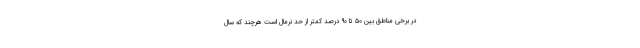
در برخی مناطق بین ۵۰ تا ۹۰ درصد کمتر از حد نرمال است هرچند که سال